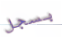
بسجل